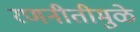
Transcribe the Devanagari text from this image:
रणनीतीमुळे